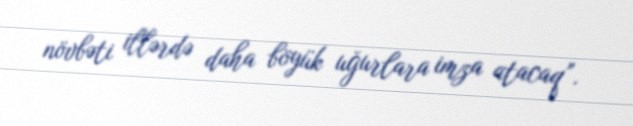
növbəti illərdə daha böyük uğurlara imza atacaq”.